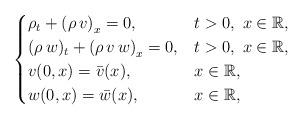
LaTeX: \begin{align*}\begin{cases} \rho_t + \left(\rho \, v\right)_x=0,&t>0,~ x\in {\mathbb{R}}, \\ (\rho\,w)_t + \left(\rho\,v\,w\right)_x=0,&t>0,~ x\in {\mathbb{R}}, \\ v(0,x)= \bar{v}(x),&x\in {\mathbb{R}}, \\ w(0,x)= \bar{w}(x),&x\in {\mathbb{R}},\end{cases}\end{align*}